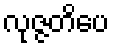
လုဇ္ဇတိပေ